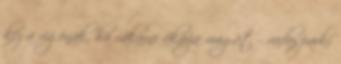
kéz a rigónak, ha vakarni akarja magát - vadasparki